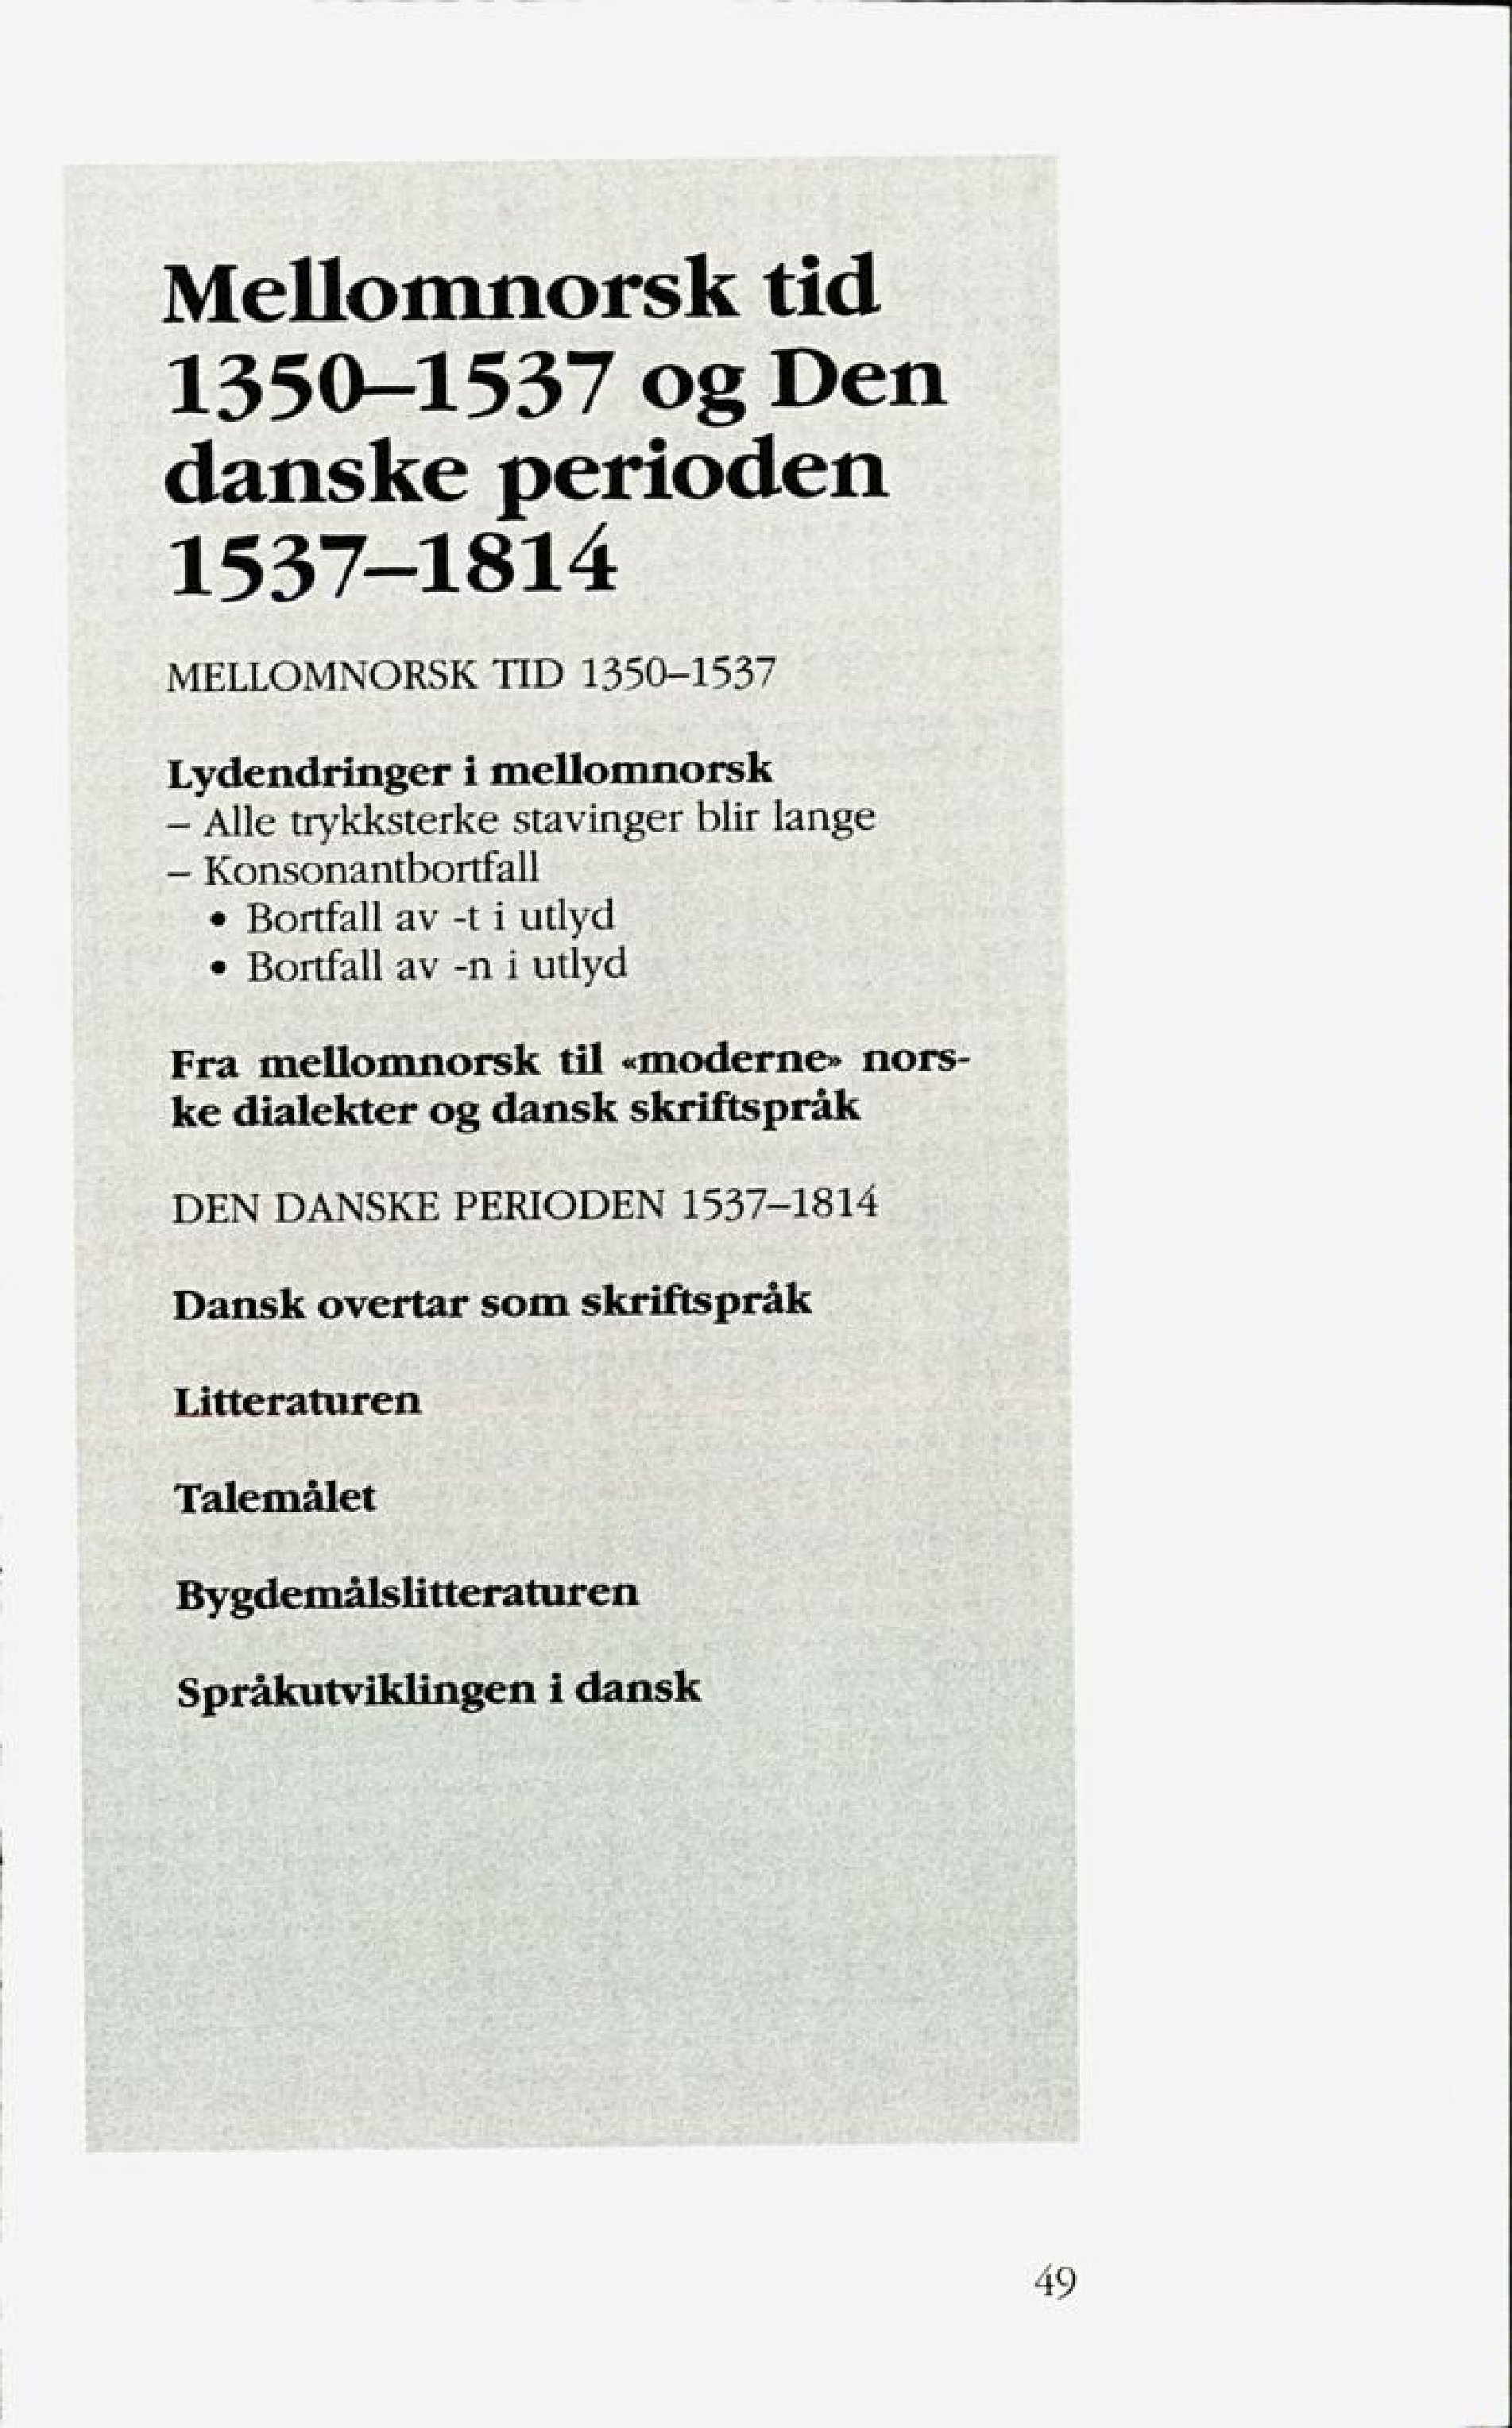
Language: no